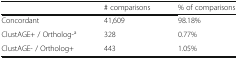
|  | # comparisons | % of comparisons |
 | --- | --- | --- |
 | Concordant | 41,609 | 98.18% |
 | ClustAGE+ / Ortholog-a | 328 | 0.77% |
 | ClustAGE- / Ortholog+ | 443 | 1.05% |